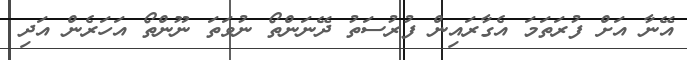
އޭނާ އަށް ފުރަތަމަ އެގާރައިން ފުރުސަތު ދޭނަންތޯ ނުވަތަ ނޫންތޯ އަހަރެން އަދި